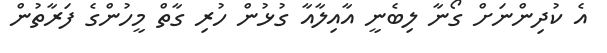
އެ ކުދިންނަށް ގޯނާ ލިބެނީ އާއިލާއާ ގުޅުން ހުރި ގާތް މީހުންގެ ފަރާތުން